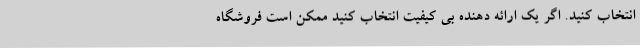
انتخاب کنید. اگر یک ارائه دهنده بی کیفیت انتخاب کنید ممکن است فروشگاه